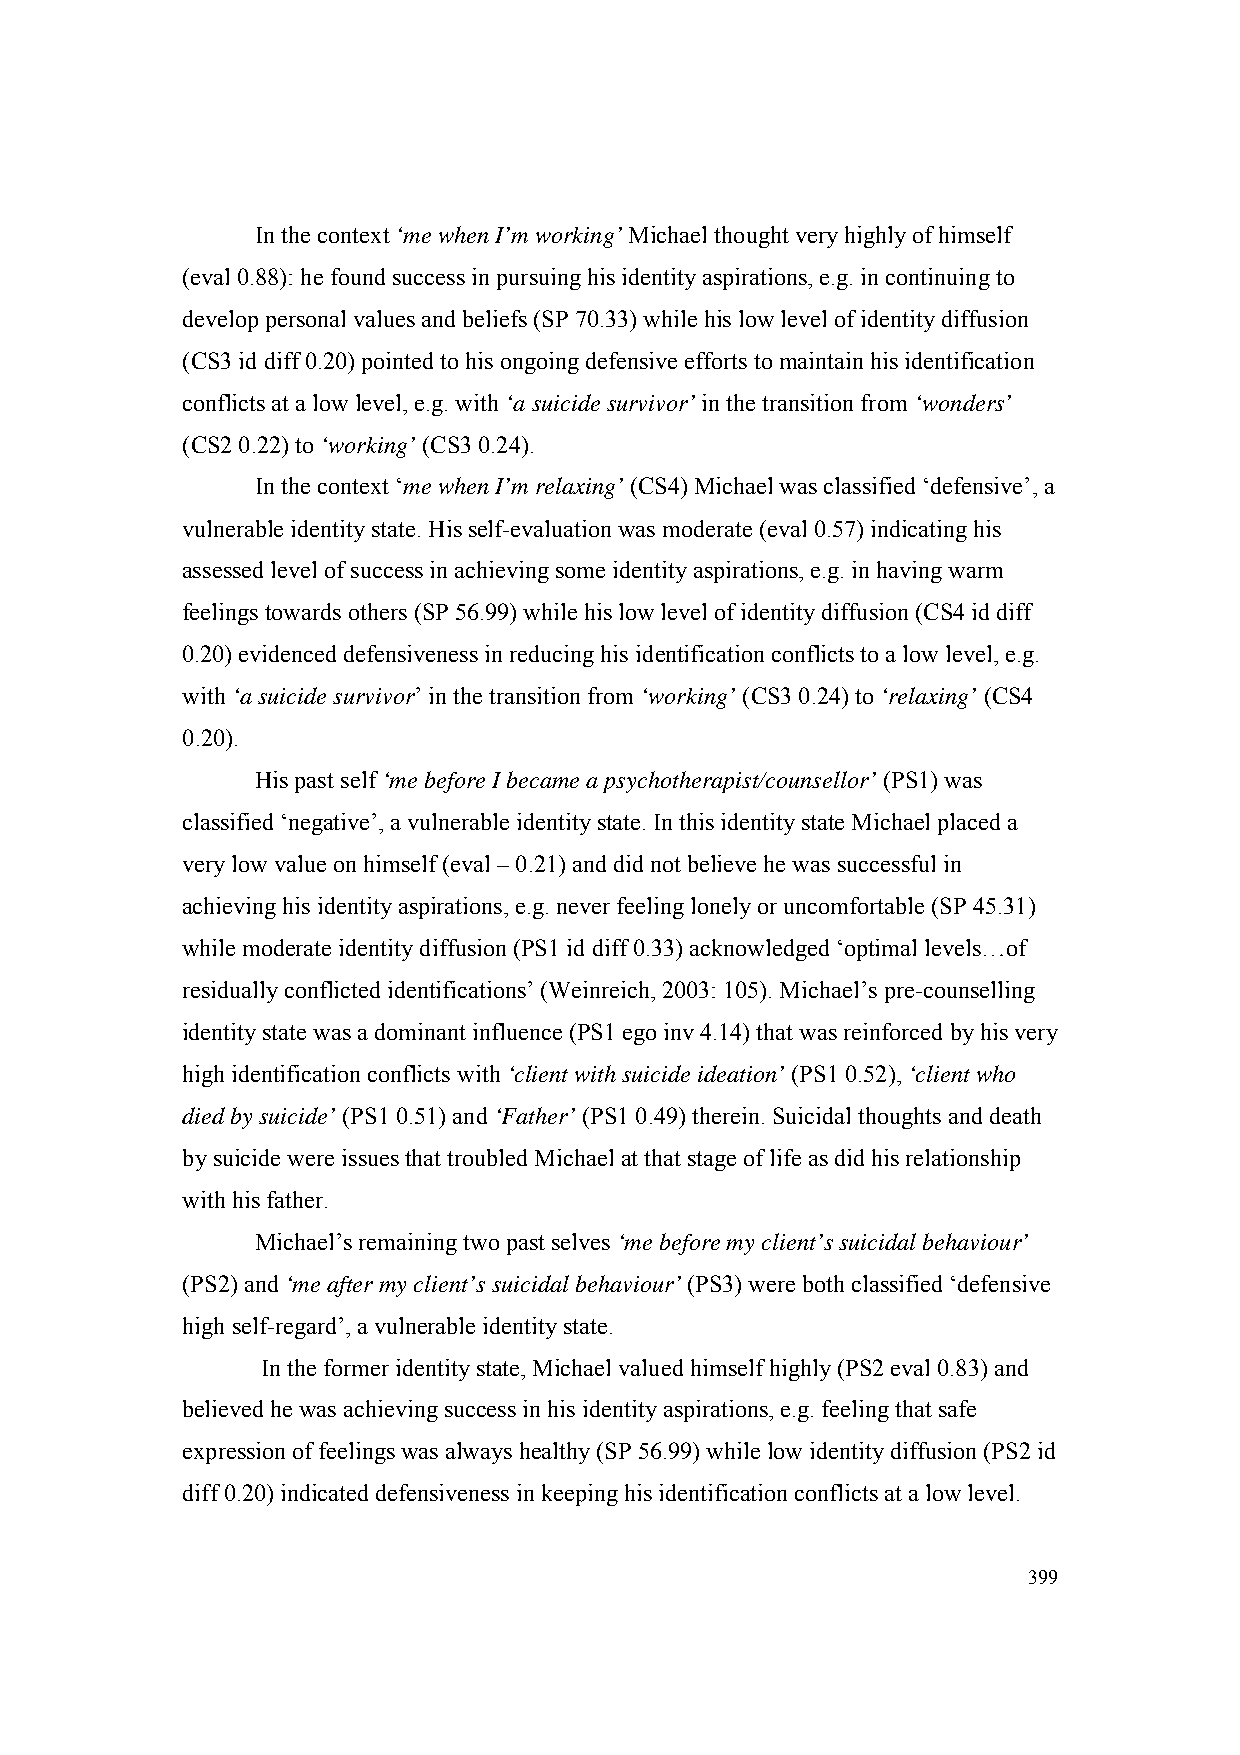
In the context ‘me when I’m working’ Michael thought very highly of himself
 (eval 0.88): he found success in pursuing his identity aspirations, e.g. in continuing to
 develop personal values and beliefs (SP 70.33) while his low level of identity diffusion
 (CS3 id diff 0.20) pointed to his ongoing defensive efforts to maintain his identification
 conflicts at a low level, e.g. with ‘a suicide survivor’ in the transition from ‘wonders’
 (CS2 0.22) to ‘working’ (CS3 0.24).
 In the context ‘me when I’m relaxing’ (CS4) Michael was classified ‘defensive’, a
 vulnerable identity state. His self-evaluation was moderate (eval 0.57) indicating his
 assessed level of success in achieving some identity aspirations, e.g. in having warm
 feelings towards others (SP 56.99) while his low level of identity diffusion (CS4 id diff
 0.20) evidenced defensiveness in reducing his identification conflicts to a low level, e.g.
 with ‘a suicide survivor’ in the transition from ‘working’ (CS3 0.24) to ‘relaxing’ (CS4
 0.20).
 His past self ‘me before I became a psychotherapist/counsellor’ (PS1) was
 classified ‘negative’, a vulnerable identity state. In this identity state Michael placed a
 very low value on himself (eval – 0.21) and did not believe he was successful in
 achieving his identity aspirations, e.g. never feeling lonely or uncomfortable (SP 45.31)
 while moderate identity diffusion (PS1 id diff 0.33) acknowledged ‘optimal levels…of
 residually conflicted identifications’ (Weinreich, 2003: 105). Michael’s pre-counselling
 identity state was a dominant influence (PS1 ego inv 4.14) that was reinforced by his very
 high identification conflicts with ‘client with suicide ideation’ (PS1 0.52), ‘client who
 died by suicide’ (PS1 0.51) and ‘Father’ (PS1 0.49) therein. Suicidal thoughts and death
 by suicide were issues that troubled Michael at that stage of life as did his relationship
 with his father.
 Michael’s remaining two past selves ‘me before my client’s suicidal behaviour’
 (PS2) and ‘me after my client’s suicidal behaviour’ (PS3) were both classified ‘defensive
 high self-regard’, a vulnerable identity state.
 In the former identity state, Michael valued himself highly (PS2 eval 0.83) and
 believed he was achieving success in his identity aspirations, e.g. feeling that safe
 expression of feelings was always healthy (SP 56.99) while low identity diffusion (PS2 id
 diff 0.20) indicated defensiveness in keeping his identification conflicts at a low level.
 399